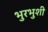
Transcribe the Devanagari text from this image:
भुरभुशी